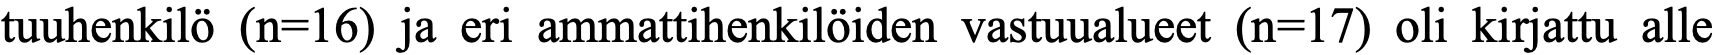
tuuhenkilö (n=16) ja eri ammattihenkilöiden vastuualueet (n=17) oli kirjattu alle